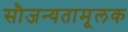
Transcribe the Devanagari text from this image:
सौजन्यतामूलक